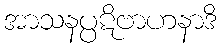
အာသနပ္ပဋိဗာဟနာဒိ